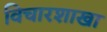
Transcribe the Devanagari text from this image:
विचारशाखा